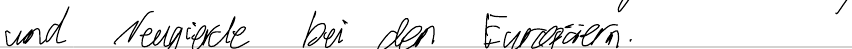
und Neugierde bei den Europäern.